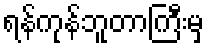
ရန်ကုန်ဘူတာကြီးမှ